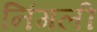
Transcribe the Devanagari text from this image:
निंगली